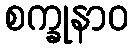
စက္ခုနာဝ